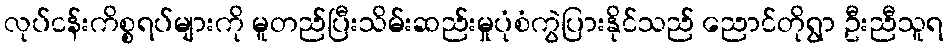
လုပ်ငန်းကိစ္စရပ်များကို မူတည်ပြီးသိမ်းဆည်းမှုပုံစံကွဲပြားနိုင်သည် ညောင်တိုရွာ ဦးညီသူရ